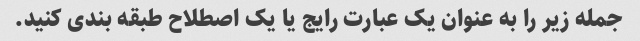
جمله زیر را به عنوان یک عبارت رایج یا یک اصطلاح طبقه بندی کنید.